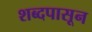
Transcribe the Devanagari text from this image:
शब्दपासून